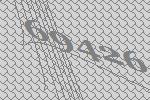
69426